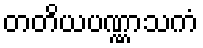
တတိယပဏ္ဏာသကံ